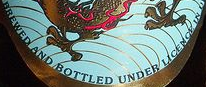
BREWED AND BOTTLED UNDER LICENOE IN